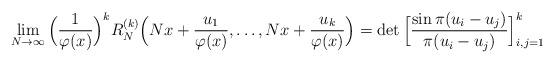
LaTeX: \begin{align*} \lim_{N \to \infty} \Big(\frac{1}{\varphi(x)}\Big)^k R_{N}^{(k)}\Big(Nx+\frac{u_1}{\varphi(x)}, \ldots, Nx+\frac{u_k}{\varphi(x)}\Big)= \det \Big[\frac{\sin \pi(u_{i}-u_{j})}{\pi(u_{i}-u_{j})}\Big]_{i,j = 1}^{k} \end{align*}